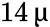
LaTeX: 14\, \upmu